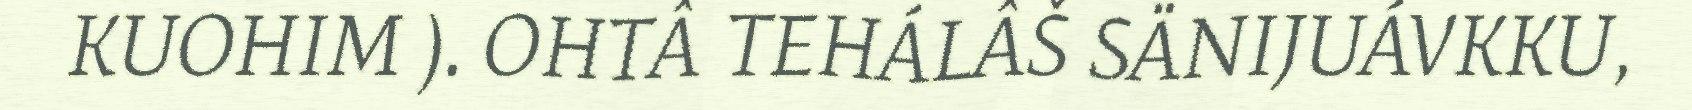
KUOHIM ). OHTÂ TEHÁLÂŠ SÄNIJUÁVKKU,